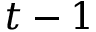
t - 1